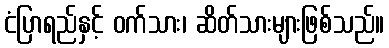
ငံပြာရည်နှင့် ဝက်သား၊ ဆိတ်သားများဖြစ်သည်။